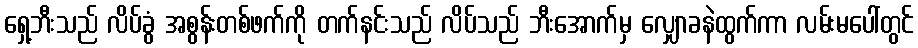
ရှေ့ဘီးသည် လိပ်ခွံ အစွန်းတစ်ဖက်ကို တက်နင်းသည် လိပ်သည် ဘီးအောက်မှ လျှောခနဲထွက်ကာ လမ်းမပေါ်တွင်